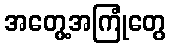
အတွေ့အကြုံတွေ